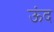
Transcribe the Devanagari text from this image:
ऊंद